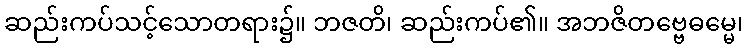
ဆည်းကပ်သင့်သောတရား၌။ ဘဇတိ၊ ဆည်းကပ်၏။ အဘဇိတဗ္ဗေဓမ္မေ၊